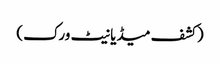
(کشف میڈیا نیٹ ورک)